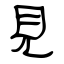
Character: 見